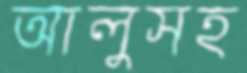
আলুসহ